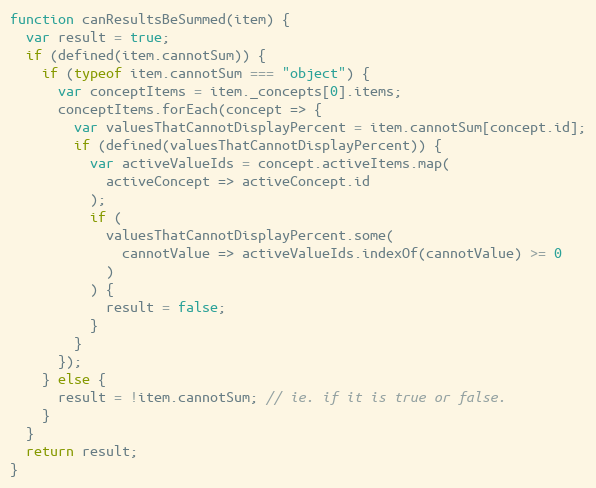
Language: JavaScript
function canResultsBeSummed(item) {
  var result = true;
  if (defined(item.cannotSum)) {
    if (typeof item.cannotSum === "object") {
      var conceptItems = item._concepts[0].items;
      conceptItems.forEach(concept => {
        var valuesThatCannotDisplayPercent = item.cannotSum[concept.id];
        if (defined(valuesThatCannotDisplayPercent)) {
          var activeValueIds = concept.activeItems.map(
            activeConcept => activeConcept.id
          );
          if (
            valuesThatCannotDisplayPercent.some(
              cannotValue => activeValueIds.indexOf(cannotValue) >= 0
            )
          ) {
            result = false;
          }
        }
      });
    } else {
      result = !item.cannotSum; // ie. if it is true or false.
    }
  }
  return result;
}